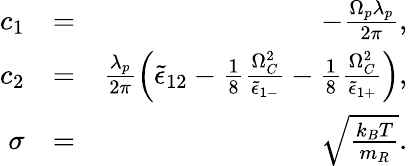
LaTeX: \begin{array}{rlr}{c_{1}}&{=}&{-\frac{\Omega_{p}\lambda_{p}}{2\pi},}\\ {c_{2}}&{=}&{\frac{\lambda_{p}}{2\pi}\left(\tilde{\epsilon}_{12}-\frac{1}{8}\frac{\Omega_{C}^{2}}{\tilde{\epsilon}_{1-}}-\frac{1}{8}\frac{\Omega_{C}^{2}}{\tilde{\epsilon}_{1+}}\right),}\\ {\sigma}&{=}&{\sqrt{\frac{k_{B}T}{m_{R}}}.}\end{array}